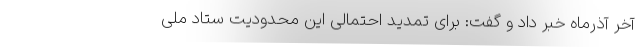
آخر آذرماه خبر داد و گفت: برای تمدید احتمالی این محدودیت ستاد ملی